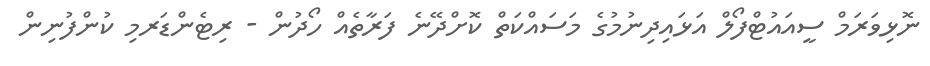
ނޮޅިވަރަމް ސީއައުޓްފޯލް އަޅައިދިނުމުގެ މަސައްކަތް ކޮށްދޭނެ ފަރާތެއް ހޯދުން - ރިޓެންޑަރމި ކުންފުނިން